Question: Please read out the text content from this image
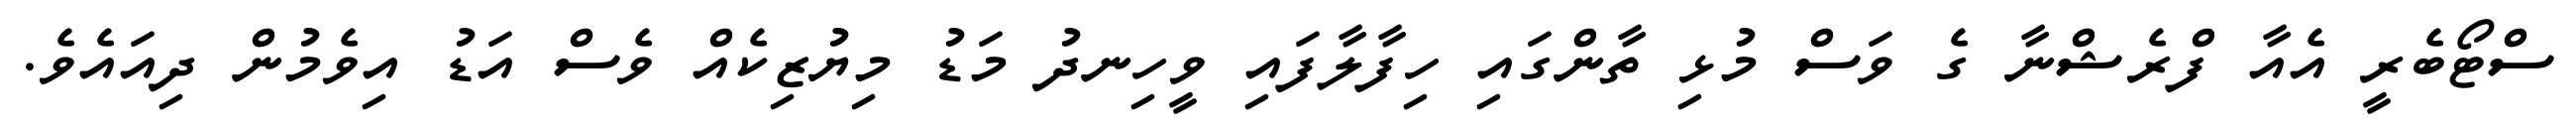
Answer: ސްޓޯބެރީ އެއާ ފްރެޝްނާ ގެ ވަސް މުޅި ތާންގައި ހިފާލާފައި ވީހިނދު މަޑު މިޔުޒިކެއް ވެސް އަޑު އިވެމުން ދިއައެވެ.